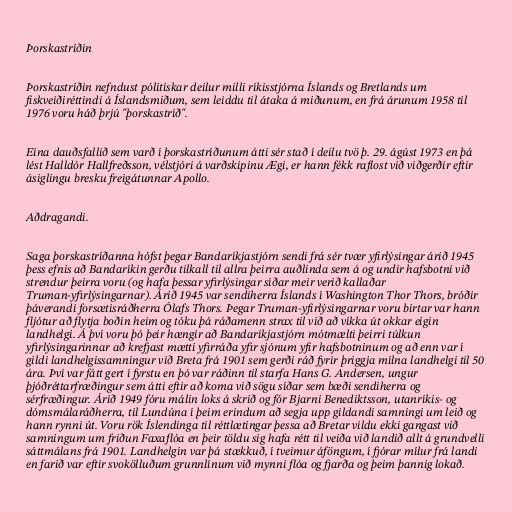
Þorskastríðin

Þorskastríðin nefndust pólitískar deilur milli ríkisstjórna Íslands og Bretlands um
fiskveiðiréttindi á Íslandsmiðum, sem leiddu til átaka á miðunum, en frá árunum 1958 til
1976 voru háð þrjú "þorskastríð".

Eina dauðsfallið sem varð í þorskastríðunum átti sér stað í deilu tvö þ. 29. ágúst 1973 en þá
lést Halldór Hallfreðsson, vélstjóri á varðskipinu Ægi, er hann fékk raflost við viðgerðir eftir
ásiglingu bresku freigátunnar Apollo.

Aðdragandi.

Saga þorskastríðanna hófst þegar Bandaríkjastjórn sendi frá sér tvær yfirlýsingar árið 1945
þess efnis að Bandaríkin gerðu tilkall til allra þeirra auðlinda sem á og undir hafsbotni við
strendur þeirra voru (og hafa þessar yfirlýsingar síðar meir verið kallaðar
Truman-yfirlýsingarnar). Árið 1945 var sendiherra Íslands í Washington Thor Thors, bróðir
þáverandi forsætisráðherra Ólafs Thors. Þegar Truman-yfirlýsingarnar voru birtar var hann
fljótur að flytja boðin heim og tóku þá ráðamenn strax til við að víkka út okkar eigin
landhelgi. Á því voru þó þeir hængir að Bandaríkjastjórn mótmælti þeirri túlkun
yfirlýsingarinnar að krefjast mætti yfirráða yfir sjónum yfir hafsbotninum og að enn var í
gildi landhelgissamningur við Breta frá 1901 sem gerði ráð fyrir þriggja mílna landhelgi til 50
ára. Því var fátt gert í fyrstu en þó var ráðinn til starfa Hans G. Andersen, ungur
þjóðréttarfræðingur sem átti eftir að koma við sögu síðar sem bæði sendiherra og
sérfræðingur. Árið 1949 fóru málin loks á skrið og fór Bjarni Benediktsson, utanríkis- og
dómsmálaráðherra, til Lundúna í þeim erindum að segja upp gildandi samningi um leið og
hann rynni út. Voru rök Íslendinga til réttlætingar þessa að Bretar vildu ekki gangast við
samningum um friðun Faxaflóa en þeir töldu sig hafa rétt til veiða við landið allt á grundvelli
sáttmálans frá 1901. Landhelgin var þá stækkuð, í tveimur áföngum, í fjórar mílur frá landi
en farið var eftir svokölluðum grunnlínum við mynni flóa og fjarða og þeim þannig lokað.